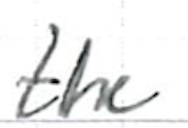
Text: the
Cross-out: clean
Writing tool: ballpoint